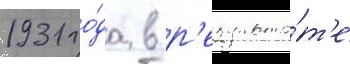
1931 го́да в р'езульта́т'е